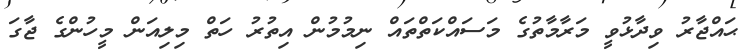
ޙައްޖާރު ވިދާޅުވީ މަރާމާތުގެ މަސައްކަތްތައް ނިމުމުން އިތުރު ހަތް މިލިއަން މީހުންގެ ޖާގަ